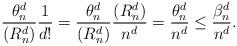
LaTeX: \begin{align*} \frac{\theta_n^d}{(R_n^d) } \frac{1}{d!} = \frac{\theta_n^d}{(R_n^d) } \frac{(R_n^d) }{n^d} = \frac{\theta_n^d}{n^d} \le \frac{\beta_n^d}{n^d} . \end{align*}